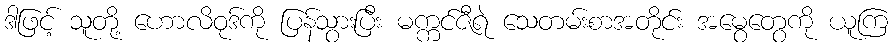
ဒါဖြင့် သူတို့ ဟောလိဝုဒ်ကို ပြန်သွားပြီး မက္ကင်ဇီရဲ သေတမ်းစာအတိုင်း အမွေတွေကို ယူကြ